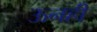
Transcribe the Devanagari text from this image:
ऊनही